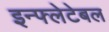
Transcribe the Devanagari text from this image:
इन्फ्लेटेबल